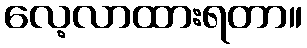
လေ့လာထားရတာ။